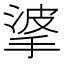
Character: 㨇